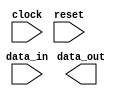
module multi_channel_synchronizer (
    input wire [num_channels-1:0] data_in,
    input wire [num_channels-1:0] clock,
    input wire reset,
    output wire data_out
);

// Define parameters
parameter num_channels = 4;
parameter reference_clock_freq = 100; // MHz

// Define internal signals and registers
reg [num_channels-1:0] synchronized_data;
reg [num_channels-1:0] phase_adjusted_data;
reg [num_channels-1:0] frequency_adjusted_data;
reg [num_channels-1:0] aligned_data;
reg [num_channels-1:0] valid_data;

// Define clock domain crossing modules for each channel
// Implement phase and frequency adjustment logic for each channel
// Implement synchronizer logic to align data from all channels

// Implement metastability handling for each channel using synchronizer flip-flops
// Implement data latency adjustment mechanism

// Output synchronized data at common reference clock frequency
always @(posedge reference_clock) begin
    // Data processing logic
    // Output processed and aligned data
end

endmodule